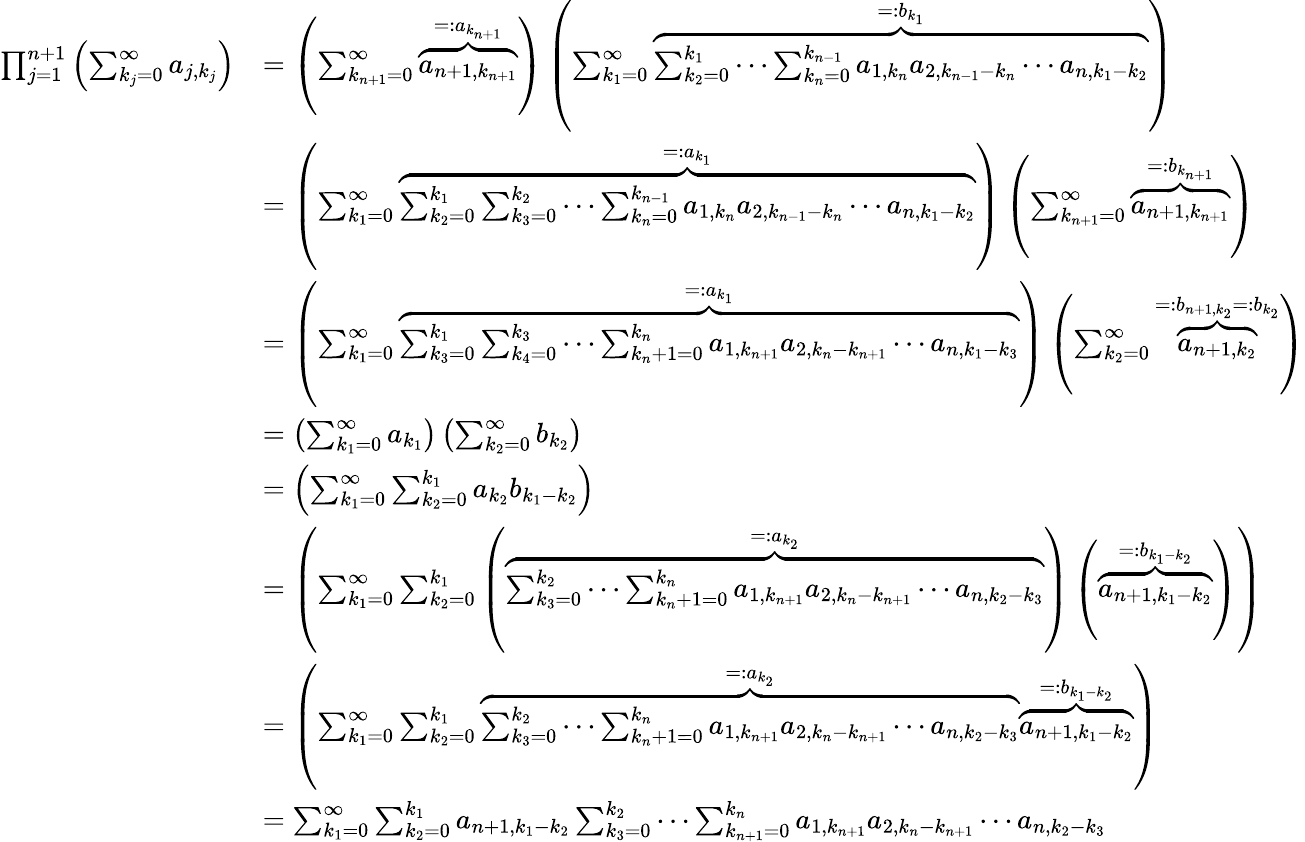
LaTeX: {\begin{array}{rl}{\prod_{j=1}^{n+1}\left(\sum_{k_{j}=0}^{\infty}a_{j,k_{j}}\right)}&{=\left(\sum_{k_{n+1}=0}^{\infty}\overbrace{a_{n+1,k_{n+1}}}^{=:a_{k_{n+1}}}\right)\left(\sum_{k_{1}=0}^{\infty}\overbrace{\sum_{k_{2}=0}^{k_{1}}\cdots\sum_{k_{n}=0}^{k_{n-1}}a_{1,k_{n}}a_{2,k_{n-1}-k_{n}}\cdots a_{n,k_{1}-k_{2}}}^{=:b_{k_{1}}}\right)}\\ &{=\left(\sum_{k_{1}=0}^{\infty}\overbrace{\sum_{k_{2}=0}^{k_{1}}\sum_{k_{3}=0}^{k_{2}}\cdots\sum_{k_{n}=0}^{k_{n-1}}a_{1,k_{n}}a_{2,k_{n-1}-k_{n}}\cdots a_{n,k_{1}-k_{2}}}^{=:a_{k_{1}}}\right)\left(\sum_{k_{n+1}=0}^{\infty}\overbrace{a_{n+1,k_{n+1}}}^{=:b_{k_{n+1}}}\right)}\\ &{=\left(\sum_{k_{1}=0}^{\infty}\overbrace{\sum_{k_{3}=0}^{k_{1}}\sum_{k_{4}=0}^{k_{3}}\cdots\sum_{k_{n}+1=0}^{k_{n}}a_{1,k_{n+1}}a_{2,k_{n}-k_{n+1}}\cdots a_{n,k_{1}-k_{3}}}^{=:a_{k_{1}}}\right)\left(\sum_{k_{2}=0}^{\infty}\overbrace{a_{n+1,k_{2}}}^{=:b_{n+1,k_{2}}=:b_{k_{2}}}\right)}\\ &{=\left(\sum_{k_{1}=0}^{\infty}a_{k_{1}}\right)\left(\sum_{k_{2}=0}^{\infty}b_{k_{2}}\right)}\\ &{=\left(\sum_{k_{1}=0}^{\infty}\sum_{k_{2}=0}^{k_{1}}a_{k_{2}}b_{k_{1}-k_{2}}\right)}\\ &{=\left(\sum_{k_{1}=0}^{\infty}\sum_{k_{2}=0}^{k_{1}}\left(\overbrace{\sum_{k_{3}=0}^{k_{2}}\cdots\sum_{k_{n}+1=0}^{k_{n}}a_{1,k_{n+1}}a_{2,k_{n}-k_{n+1}}\cdots a_{n,k_{2}-k_{3}}}^{=:a_{k_{2}}}\right)\left(\overbrace{a_{n+1,k_{1}-k_{2}}}^{=:b_{k_{1}-k_{2}}}\right)\right)}\\ &{=\left(\sum_{k_{1}=0}^{\infty}\sum_{k_{2}=0}^{k_{1}}\overbrace{\sum_{k_{3}=0}^{k_{2}}\cdots\sum_{k_{n}+1=0}^{k_{n}}a_{1,k_{n+1}}a_{2,k_{n}-k_{n+1}}\cdots a_{n,k_{2}-k_{3}}}^{=:a_{k_{2}}}\overbrace{a_{n+1,k_{1}-k_{2}}}^{=:b_{k_{1}-k_{2}}}\right)}\\ &{=\sum_{k_{1}=0}^{\infty}\sum_{k_{2}=0}^{k_{1}}a_{n+1,k_{1}-k_{2}}\sum_{k_{3}=0}^{k_{2}}\cdots\sum_{k_{n+1}=0}^{k_{n}}a_{1,k_{n+1}}a_{2,k_{n}-k_{n+1}}\cdots a_{n,k_{2}-k_{3}}}\end{array}}